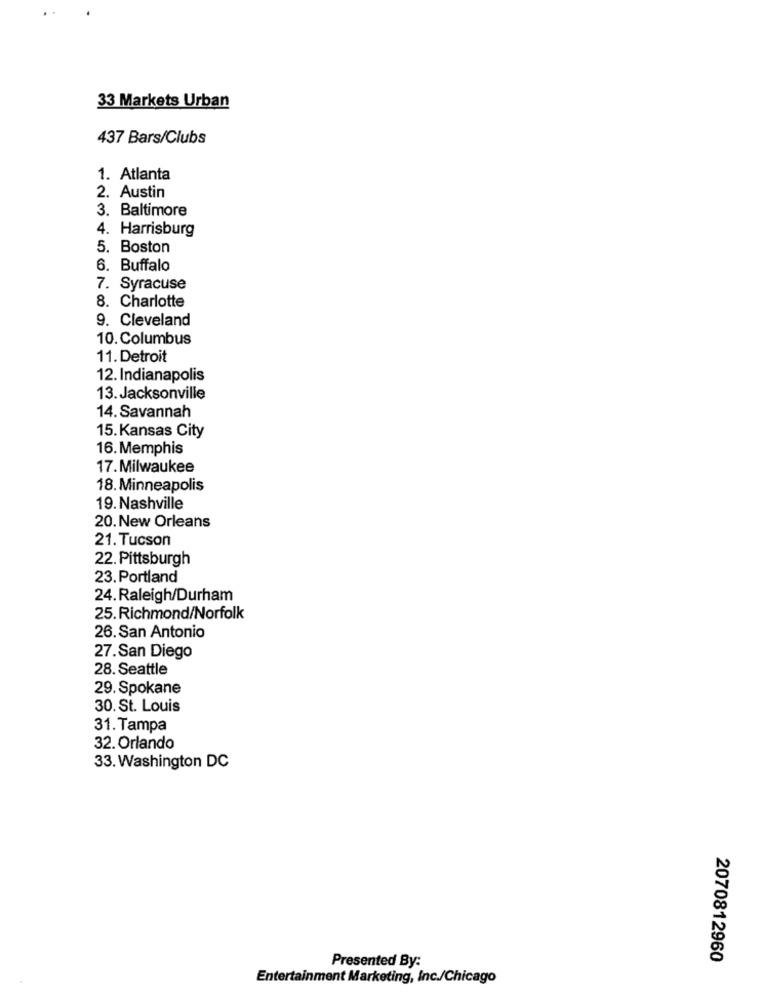
33 Markets Urban
437 Bars/Clubs
1. Atlanta
2. Austin
3. Baltimore
4. Harrisburg
5. Boston
6. Buffalo
7. Syracuse
8. Charlotte
9. Cleveland
10. Columbus
11. Detroit
12. Indianapolis
13. Jacksonville
14. Savannah
15. Kansas City
16. Memphis
17.Milwaukee
18. Minneapolis
19. Nashville
20. New Orleans
21. Tucson
22. Pittsburgh
23. Portland
24.Raleigh/Durham
25. Richmond/Norfolk
26. San Antonio
27.San Diego
28. Seattle
29. Spokane
30. St. Louis
31. Tampa
32. Orlando
33. Washington DC
Presented By:
2070812960
Entertainment Marketing, Inc./Chicago